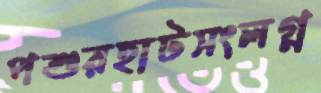
পশুরহাটসংলগ্ন